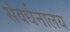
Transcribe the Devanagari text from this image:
संवर्धनालय